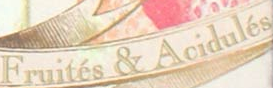
Fruites & Acidules